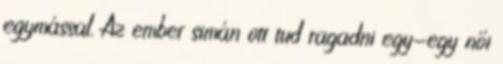
egymással. Az ember simán ott tud ragadni egy-egy női